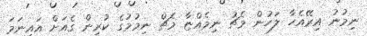
ނިމުނު އިރޭއެހާ ލަހުން މެޗު ނިމެއްޏާ މެޗް ނިމުމުގެ ކުރިން ގެއަށް އައިނަމަ